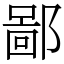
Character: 鄙